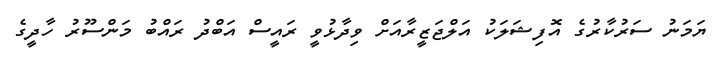
ޔަމަނު ސަރުކާރުގެ އޮފިޝަލަކު އަލްޖަޒީރާއަށް ވިދާޅުވީ ރައީސް އަބްދު ރައްބު މަންސޫރު ހާދީގެ